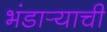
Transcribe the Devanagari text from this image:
भंडार्‍याची